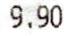
9.90